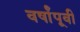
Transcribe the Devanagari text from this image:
वर्षांपूवी